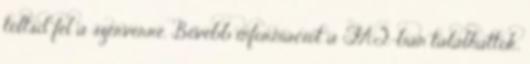
töltsd fel a szerverre. Bővebb információt a FAQ-ban találhattok,